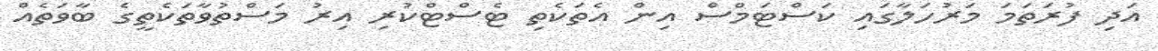
އަދި ފުރަތަމަ މަރުހަލާގައި ކަސްޓަމްސް އިން އެތަކެތި ޓެސްޓްކުރި އިރު މަސްތުވާތަކެތީގެ ބާވަތެއް